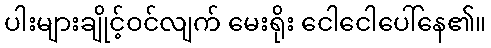
ပါးများချိုင့်ဝင်လျက် မေးရိုး ငေါငေါပေါ်နေ၏။